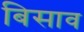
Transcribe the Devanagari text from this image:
बिसाव